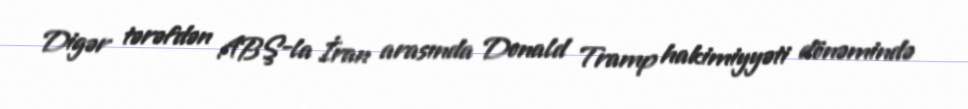
Digər tərəfdən ABŞ-la İran arasında Donald Tramp hakimiyyəti dönəmində